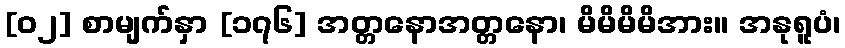
[၀၂] စာမျက်နှာ [၁၇၆] အတ္တနောအတ္တနော၊ မိမိမိမိအား။ အနုရူပံ၊